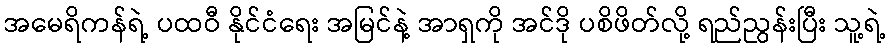
အမေရိကန်ရဲ့ ပထဝီ နိုင်ငံရေး အမြင်နဲ့ အာရှကို အင်ဒို ပစိဖိတ်လို့ ရည်ညွန်းပြီး သူ့ရဲ့